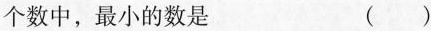
个数中，最小的数是 ()